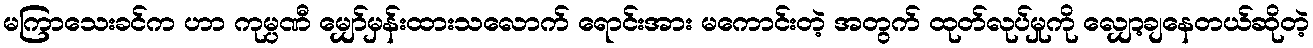
မကြာသေးခင်က ဟာ ကုမ္ပဏီ မျှော်မှန်းထားသလောက် ရောင်းအား မကောင်းတဲ့ အတွက် ထုတ်လုပ်မှုကို လျှော့ချနေတယ်ဆိုတဲ့